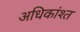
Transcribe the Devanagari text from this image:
अधिकांश्त